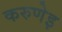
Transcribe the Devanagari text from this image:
करुणेइ